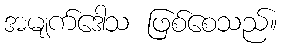
အမျက်ဒေါသ ဖြစ်စေသည်။